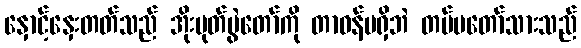
နှောင့်နှေးတတ်သည် အိုးပုတ်ပွဲတော်ကို တာဝန်မရှိဘဲ တပ်မတော်သားသည်